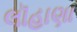
લૉહાણા